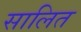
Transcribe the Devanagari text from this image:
सालित